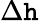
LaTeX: \Delta\mathtt{h}